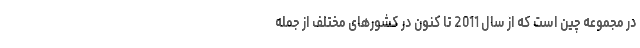
در مجموعه چین است که از سال 2011 تا کنون در کشورهای مختلف از جمله